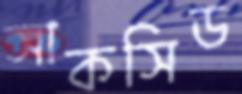
সাকসিড